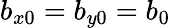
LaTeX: b_{x0}=b_{y0}=b_{0}